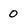
Character: 0